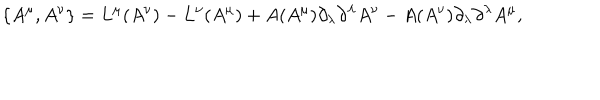
\{ A ^ { \mu } , A ^ { \nu } \} = L ^ { \mu } ( A ^ { \nu } ) - L ^ { \nu } ( A ^ { \mu } ) + A ( A ^ { \mu } ) \partial _ { \lambda } \partial ^ { \lambda } A ^ { \nu } - A ( A ^ { \nu } ) \partial _ { \lambda } \partial ^ { \lambda } A ^ { \mu } ,